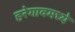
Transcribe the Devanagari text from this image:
हरेगावमध्ये